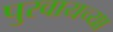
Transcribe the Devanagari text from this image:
पुरवायच्या